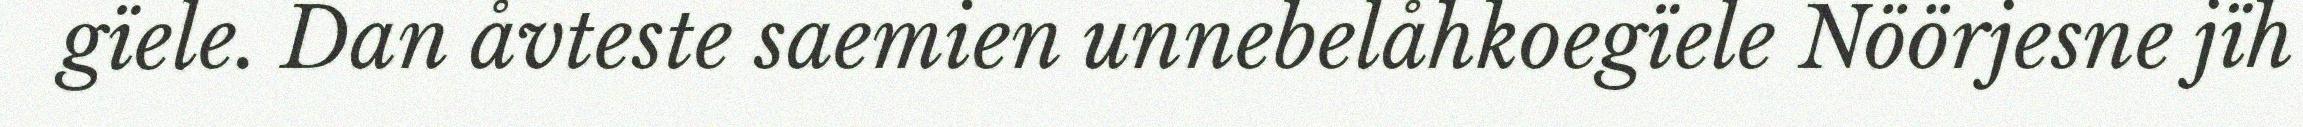
gïele. Dan åvteste saemien unnebelåhkoegïele Nöörjesne jïh